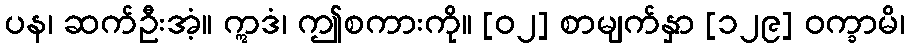
ပန၊ ဆက်ဦးအံ့။ ဣဒံ၊ ဤစကားကို။ [၀၂] စာမျက်နှာ [၁၂၉] ဝက္ခာမိ၊